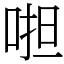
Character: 𠵆